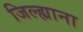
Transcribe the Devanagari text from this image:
जिल्ह्याना